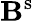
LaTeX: \mathbf{B}^{\mathrm{s}}